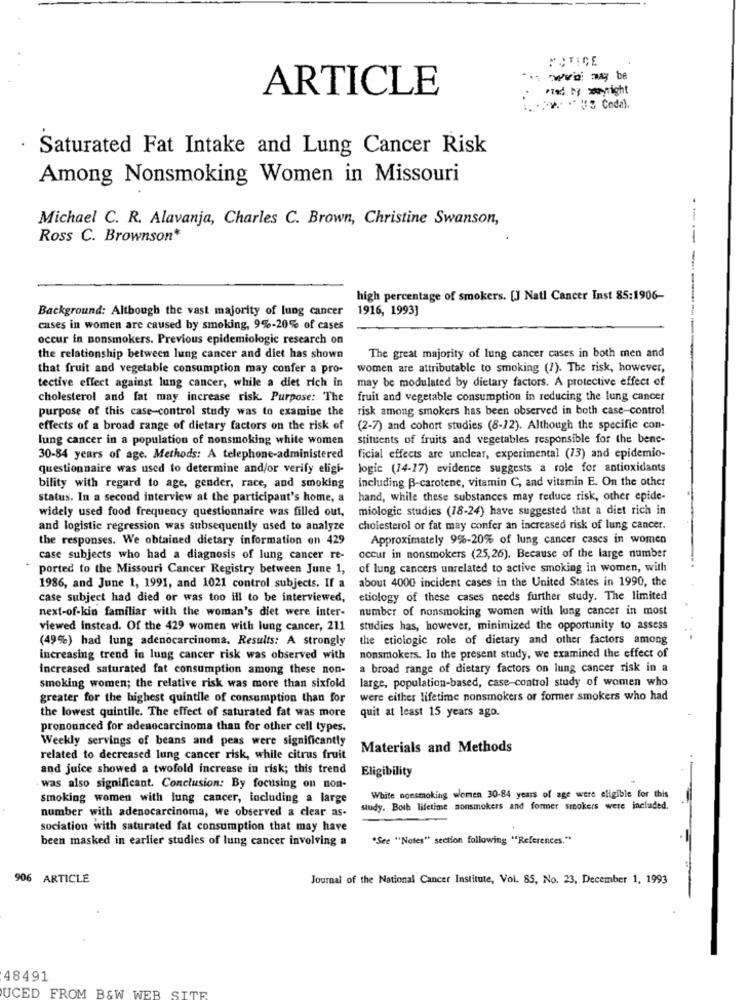
MOTICE
ARTICLE
Pred N wyright
». "" "" Coda).
Saturated Fat Intake and Lung Cancer Risk
Among Nonsmoking Women in Missouri
Michael C. R. Alavanja, Charles C. Brown, Christine Swanson,
Ross C. Brownson*
------
high percentage of smokers. [J Natl Cancer Inst 85:1906-
Background: Although the vast majority of lung cancer
1916, 1993]
cuses in women are caused by smoking, 9%-20% of cases
occur in nonsmokers. Previous epidemiologic research on
the relationship between lung cancer and diet has shown
The great majority of lung cancer cases in both men and
that fruit and vegetable consumption may confer a pro-
women are attributable to smoking (7). The risk, however,
may be modulated by dietary factors. A protective effect of
tective effect against lung cancer, while a diet rich in
cholesterol and fat may increase risk. Purpose: The
fruit and vegetable consumption in reducing the lung cancer
purpose of this case-control study was to examine the
risk among smokers has been observed in both case-contro!
effects of a broad range of dietary factors on the risk of
(2-7) and cohort studies (8-12). Although the specific con-
lung cancer in a population of nonsmoking white women
stituents of fruits and vegetables responsible for the bene-
30-84 years of age. Methods: A telephone-administered
ficial effects are unclear, experimental (13) and epidemio-
questionnaire was used to determine and/or verify eligi-
logic (14-17) evidence suggests a role for antioxidants
including B-carotene, vitamin C, and vitamin E. On the other
bility with regard to age, gender, race, and smoking
status. In a second interview at the participant's home, a
hand, while these substances may reduce risk, other epide-
widely used food frequency questionnaire was filled out,
miologic studies (18-24) have suggested that a diet rich in
and logistic regression was subsequently used to analyze
cholesterol or fat may confer an increased risk of lung cancer.
the responses. We obtained dietary information en 429
Approximately 9%-20% of lung cancer cases in women
case subjects who had a diagnosis of lung cancer re-
occur in nonsmokers (25,26). Because of the large number
ported to the Missouri Cancer Registry between June 1,
of lung cancers unrelated to active smoking in women, with
about 4000 incident cases in the United States in 1990, the
1986, and June 1, 1991, and 1021 control subjects. If a
case subject had died or was too ill to be interviewed,
etiology of these cases needs further study. The limited
number of nonsmoking women with lung cancer in most
next-of-kin familiar with the woman's diet were inter-
viewed instead. Of the 429 women with lung cancer, 211
studies has, however, minimized the opportunity to assess
(49%) had lung adenocarcinoma. Results: A strongly
the etiologic role of dietary and other factors among
increasing trend in lung cancer risk was observed with
nonsmokers. In the present study, we examined the effect of
increased saturated fat consumption among these non-
a broad range of dietary factors on lung cancer risk in a
large, population-based, case-control study of women who
smoking women; the relative risk was more than sixfold
greater for the highest quintile of consumption than for
were either lifetime nonsmokers or former smokers who had
the lowest quintile. The effect of saturated fat was more
quit at least 15 years ago.
pronounced for adenocarcinoma than for other cell types.
Weekly servings of beans and peas were significantly
Materials and Methods
related to decreased lung cancer risk, while citrus fruit
and juice showed a twofold increase in risk; this trend
Eligibility
was also significant. Conclusion: By focusing on non-
smoking women with lung cancer, including a large
White nonsmoking women 30-84 years of age were eligible for this
study. Both lifetime nonsmokers and former smokers were included.
number with adenocarcinoma, we observed a clear as-
sociation with saturated fat consumption that may have
been masked in earlier studies of lung cancer involving a
.See "Notes" section following "References."
906 ARTICLE
Journal of the National Cancer Institute, Vol. 85, No. 23. December 1, 1993
48491
UCED FROM B&W WEB SITE